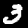
Digit: 3